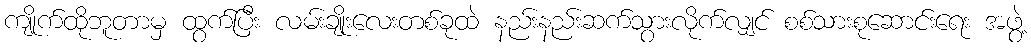
ကျိုက်ထိုဘူတာမှ ထွက်ပြီး လမ်းချိုးလေးတစ်ခုထဲ နည်းနည်းဆက်သွားလိုက်လျှင် စစ်သားစုဆောင်းရေး အဖွဲ့